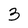
Character: 3